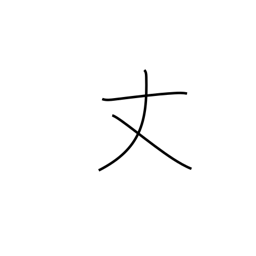
Meaning: only